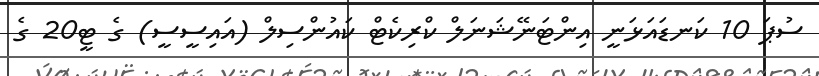
ސުޕަ 10 ކަނޑައަޅަނީ އިންޓަނޭޝަނަލް ކްރިކެޓް ކައުންސިލް (އައިސީސީ) ގެ ޓީ20 ގެ